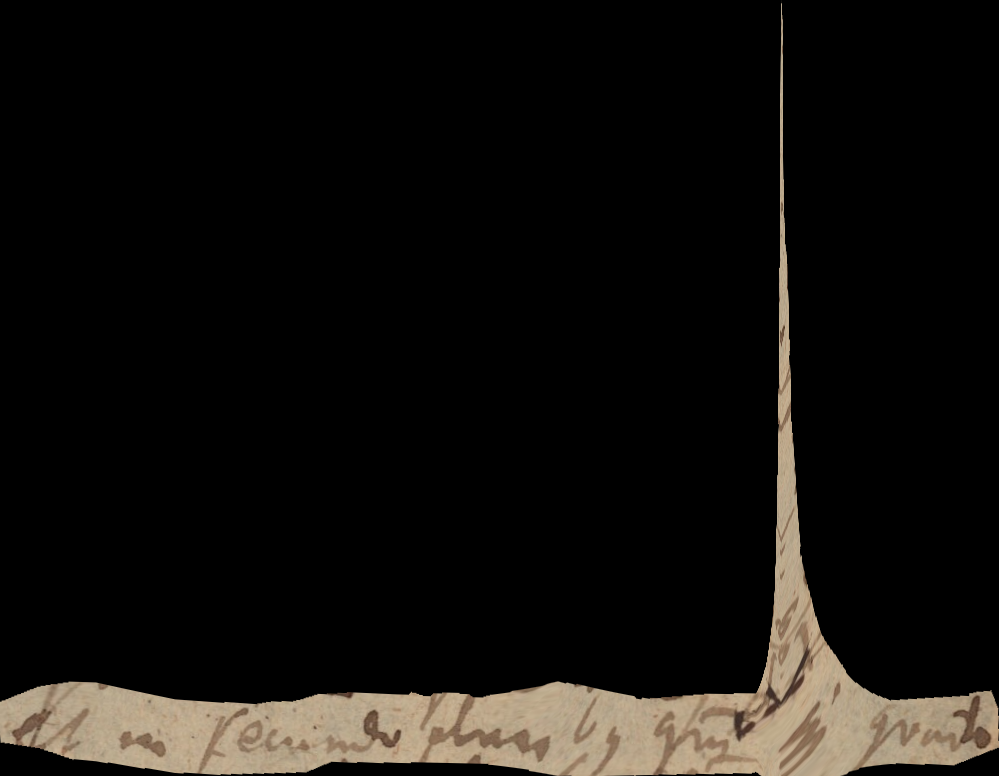
et in secundo pluribus quam in quarto